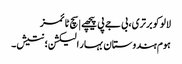
لالو کو برتری، بی جے پی پیچھے | سچ ٹائمز
ہوم ہندوستان بہار الیکشن؛ نتیش۔